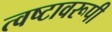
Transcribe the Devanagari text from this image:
त्वष्टावरूपी